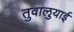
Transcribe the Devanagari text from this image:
तुवालुयाई